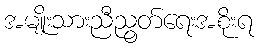
အမျိုးသားညီညွတ်ရေးအစိုးရ